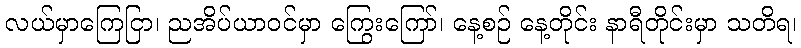
လယ်မှာကြေငြာ၊ ညအိပ်ယာဝင်မှာ ကြွေးကြော်၊ နေ့စဉ် နေ့တိုင်း နာရီတိုင်းမှာ သတိရ၊